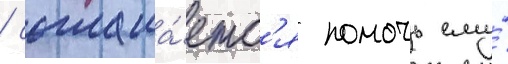
/ соглаша́етс'я помочь ему́